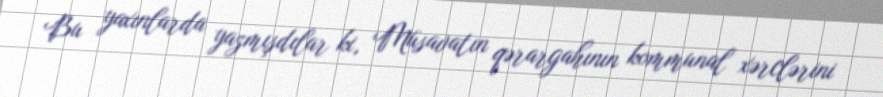
Bu yaxınlarda yazmışdılar ki, Müsavatın qərargahının kommunal xərclərini